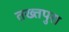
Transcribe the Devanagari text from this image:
तख्तपुरा